Scottish Leaving Certificate Examination, 1953
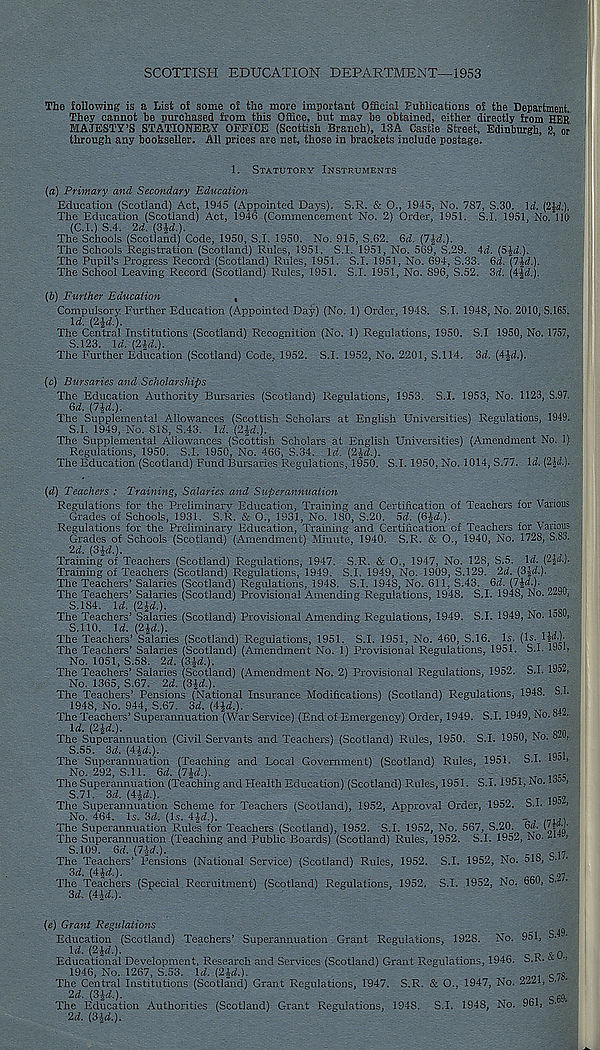
SCOTTISH EDUCATION DEPARTMENT—1953
The following is a List of some of the more important QSicial Publications of the Department.
They cannot be purchased from this Office, but may be obtained, either directly from PER
MAJESTY’S STATIONERY OFFICE (Scottish Branch), 13A Castle Street, Edinburgh, 2, or
through any bookseller. All prices are net, those in brackets include postage.
1.
STATUTORY INSTRUMENTS
{a) Primary and Secondary Education
Education (Scotland) Act, 1945 (Appointed Days). S.R. & O., 1945, No. 787, S.30. Id. (2M).
The Education (Scotland) Act, 1946 (Commencement No. 2) Order, 1951. S.I. 1951, No. 110'
(C.I.) S.4. 2d. (3£d.).
The Schools (Scotland) Code, 1950, S.I. 1950. No. 915, S.62. 6d. (7|d.).
The Schools Registration (Scotland) Rules, 1951. S.I. 1951, No. 569, S.29. 4d. (5£d.).
The Pupil’s Progress Record (Scotland) Rules, 1951. S.I. 1951, No. 694, S.33. 6d. (7£d.).
The School Leaving Record (Scotland) Rules, 1951. S.I. 1951, No. 896, S.52. 3d. (4|d.).
(&) Further Education
,
Compulsory Further Education (Appointed Day) (No. 1) Order, 1948. S.I. 1948, No. 2010, 8.165.
Id. (24d.).
The Central Institutions (Scotland) Recognition (No. 1) Regulations, 1950. S.I 1950, No. 1757,
S.123. Id. (2£d.).
The Further Education (Scotland) Code, 1952. S.I. 1952, No. 2201, S.114. 3d. (4£d.).
(c) Bursaries and Scholarships
The Education Authority Bursaries (Scotland) Regulations, 1953. S.I. 1953, No. 1123, 8.97.
6d. (7|d.).
The Supplemental Allowances (Scottish Scholars at English Universities) Regulations, 1949.
S.I. 1949, No. 818, S.43. Id. (2£d.).
The Supplemental Allowances (Scottish Scholars at English Universities) (Amendment No. 1)
Regulations, 1950. S.I. 1950, No. 466, S.34. Id. (2£d.).
The Education (Scotland) Fund Bursaries Regulations, 1950. S.I. 1950, No. 1014, S.77. Id. (2|d.).
(d) Teachers : Training, Salaries and Superannuation
Regulations for the Preliminarv Education, Training and Certification of Teachers for Various
Grades of Schools, 1931. S.R. & O., 1931, No. 180, S.20. 5d. (6fd.).
T
.
Regulations for the Preliminary Education, Training and Certification of Teachers for Various
Grades of Schools (Scotland) (Amendment) Minute, 1940. S.R. & O., 1940, No. 1728, 8.83.
2d. (3£d.).
Training of Teachers (Scotland) Regulations, 1947. S.R. & O., 1947, No. 128, S.5. Id. (2|d.).-
Training of Teachers (Scotland) Regulations, 1949. S.I, 1949, No. 1909, S.129. 2d. (3£d.).
The Teachers’ Salaries (Scotland) Regulations, 1948. S.I. 1948, No. 611, S.43. 6d. (7|d.).
The Teachers’ Salaries (Scotland) Provisional Amending Regulations, 1948. S.I. 1948, No. 2-90,
S.184. Id. (2£d.).
The Teachers’ Salaries (Scotland) Provisional Amending Regulations, 1949. S.I. 1949, No. looO,,
S.110. Id. (2£d.).
The Teachers’ Salaries (Scotland) Regulations, 1951. S.I. 1951, No. 460, S.16. Is. (Is. Hd.].
The Teachers’ Salaries (Scotland) (Amendment No. 1) Provisional Regulations, 1951. S.I. 1058
No. 1051, S.58. 2d. (3£d.).
.
_
T 1Q co
The Teachers’ Salaries (Scotland) (Amendment No. 2) Provisional Regulations, 1952. S.I. 1054
No. 1365, S.67. 2d. (3£d.).
.
,Q CT
The Teachers’ Pensions (National Insurance Modifications) (Scotland) Regulations, 1948. 3.1.
1948, No. 944, S.67. 3d. (4£d.).
xT
_, 9
The Teachers’ Superannuation (War Service) (End of Emergency) Order, 1949. S.I. 1949, No. 8. .
Id. (2£d.).
“
T
oon
The Superannuation (Civil Servants and Teachers) (Scotland) Rules, 1950. S.I. 1950, No.
S.55. 3d. (4£d.).
_
..
The Superannuation (Teaching and Local Government) (Scotland) Rules, 1951. S.I. 105 ,
No. 292, S.ll. 6d. (7£d.).
^
The Superannuation (Teaching and Health Education) (Scotland) Rules, 1951. S.I. 1951, No. D5 ,
S.71. 3d. (4£d.).
_
- 9
The Superannuation Scheme for Teachers (Scotland), 1952, Approval Order, 1952. S.I. I 93 -*
No. 464. Is. 3d. (Is. 4£d.).
‘
The Superannuation Rules for Teachers (Scotland), 1952. S.I. 1952, No. 567, S.20. 6d. UW-
The Superannuation (Teaching and Public Boards) (Scotland) Rules, 1952. S.I. 1952, No. ^ >
S.109. 6d. (7-id.).
C10 d7
The Teachers’ Pensions (National Service) (Scotland) Rules, 1952. S.I. 1952, No. 518, 3. .•
3d. (4£d.).
q97
The Teachers (Special Recruitment) (Scotland) Regulations, 1952. S.I. 1952, No. 660, 3.
3d. (4^d.).
{e) Grant Regulations
^
Education (Scotland) Teachers’ Superannuation. Grant Regulations, 1928. No. 951, S.
!d. (2£d.).
op *0
Educational Development, Research and Services (Scotland) Grant Regulations, 1946. S.K- & •>
1946, No. 1267, S.53. Id. (2£d.).
no1 Q7 o
The Central Institutions (Scotland) Grant Regulations, 1947. S.R. & O., 1947, No. 2221, •
2d. (3-|d.).
^ o cci
The Education Authorities (Scotland) Grant Regulations, 1948. S.I. 1948, No. 961, 3. *
2d. (3£d.).